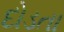
દોડતા